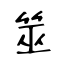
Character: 筮